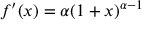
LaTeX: f ^ { \prime } ( x ) = \alpha ( 1 + x ) ^ { \alpha - 1 }